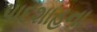
પાદશાહના